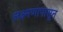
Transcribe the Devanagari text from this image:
लक्ष्मणापासून